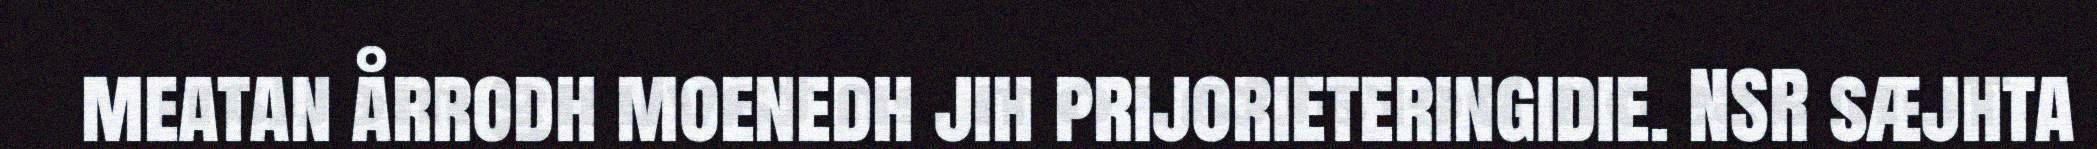
meatan årrodh moenedh jih prijorieteringidie. NSR sæjhta